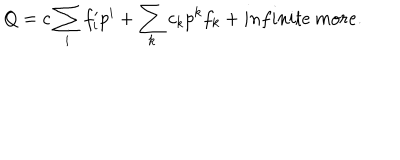
Q = c \sum _ { i } f _ { i } ^ { \prime } p ^ { i } + \sum _ { k } c _ { k } p ^ { k } f _ { k } + i n f i n i t e \: m o r e .